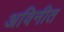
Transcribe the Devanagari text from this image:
अविनीत